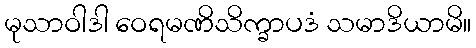
မုသာဝါဒါ ဝေရမဏိသိက္ခာပဒံ သမာဒိယာမိ။